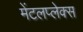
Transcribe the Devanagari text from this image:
मेंटलप्लेक्स